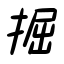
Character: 掘